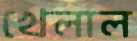
খেলাল